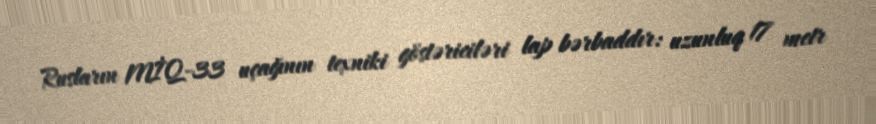
Rusların MİQ-33 uçağının texniki göstəriciləri lap bərbaddır: uzunluq 17 metr